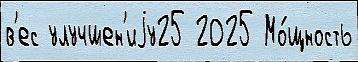
в'ес улучшен'иjу25 2025 Мо́щность